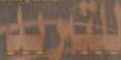
للتبريد